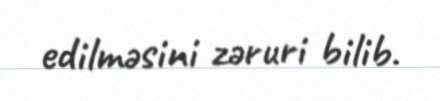
edilməsini zəruri bilib.